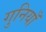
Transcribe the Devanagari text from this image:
गुनियाँ